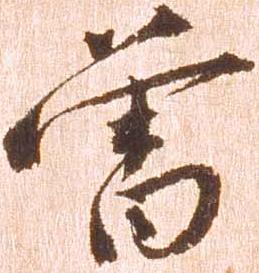
曾